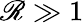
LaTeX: \mathscr{R}\gg1